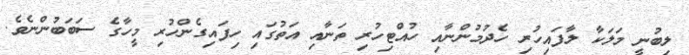
ލިބުނީ މަލަކާ ލާފައިހުރި ހެދުމުންނާއި ހުއްޓިހުރި ތަނާއި އަތުގައި ހިފައިގެންހުރި މީހާގެ ސަބަބުންނެވެ.